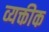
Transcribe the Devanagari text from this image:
व्यक्तीक